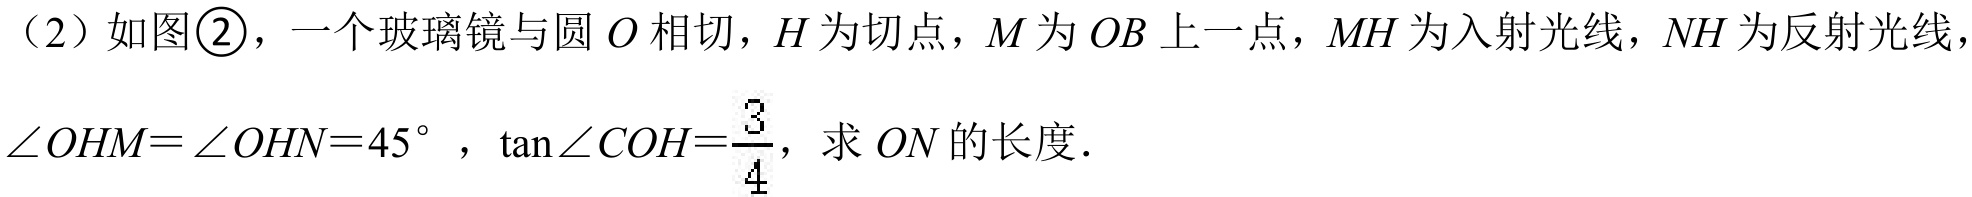
（2）如图\textcircled{2}，一个玻璃镜与圆$O$相切，$H$为切点，$M$为$OB$上一点，$MH$为入射光线，$NH$为反射光线，
$\angle OHM = \angle OHN = 45^{\circ}$，$\tan\angle COH=\frac{3}{4}$，求$ON$的长度．